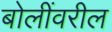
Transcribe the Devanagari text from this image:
बोलींवरील